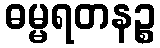
ဓမ္မရတနဉ္စ